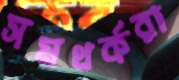
সমথর্করা